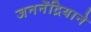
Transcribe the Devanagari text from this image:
जननेंद्रियाने